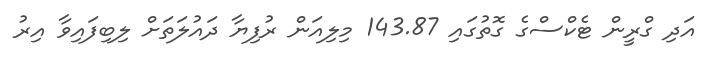
އަދި ގްރީން ޓެކްސްގެ ގޮތުގައި 143.87 މިލިއަން ރުފިޔާ ދައުލަތަށް ލިބިފައިވާ އިރު